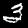
Digit: 3